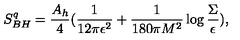
S _ { B H } ^ { q } = { \frac { A _ { h } } { 4 } } ( { \frac { 1 } { 1 2 \pi \epsilon ^ { 2 } } } + { \frac { 1 } { 1 8 0 \pi M ^ { 2 } } } \log { \frac { \Sigma } { \epsilon } } ) ,